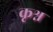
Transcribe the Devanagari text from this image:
कृश्न